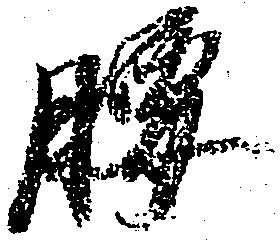
腰